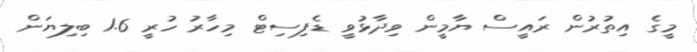
މީގެ އިތުރުން ރައީސް ޔާމީން ވިދާޅުވީ ޑެފިސިޓް މިހާރު ހުރީ 1.6 ބިލިޔަން